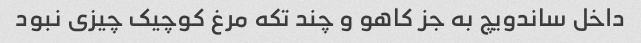
داخل ساندویچ به جز کاهو و‌ چند تکه مرغ کوچیک چیزی نبود